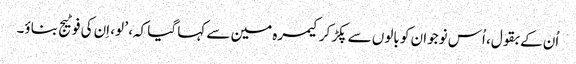
اُن کے بقول، اُس نوجوان کو بالوں سے پکڑ کر کیمرہ مین سے کہا گیا کہ، ’ لو، اِن کی فوٹیج بناؤ۔